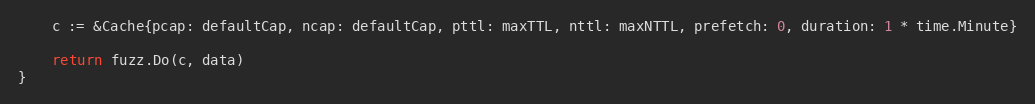
Language: Go
	c := &Cache{pcap: defaultCap, ncap: defaultCap, pttl: maxTTL, nttl: maxNTTL, prefetch: 0, duration: 1 * time.Minute}

	return fuzz.Do(c, data)
}